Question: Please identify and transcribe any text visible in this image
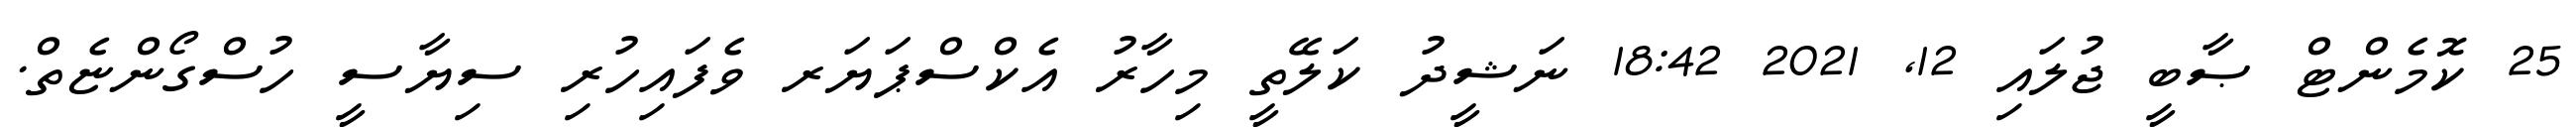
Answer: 25 ކޮމެންޓް ޞާބީ ޖުލައި 12, 2021 18:42 ނަޝީދު ކަލޭތީ މިހާރު އެކްސްޕަޔަރ ވެފައިހުރި ސިޔާސީ ހުސްގޯންޏެތް.